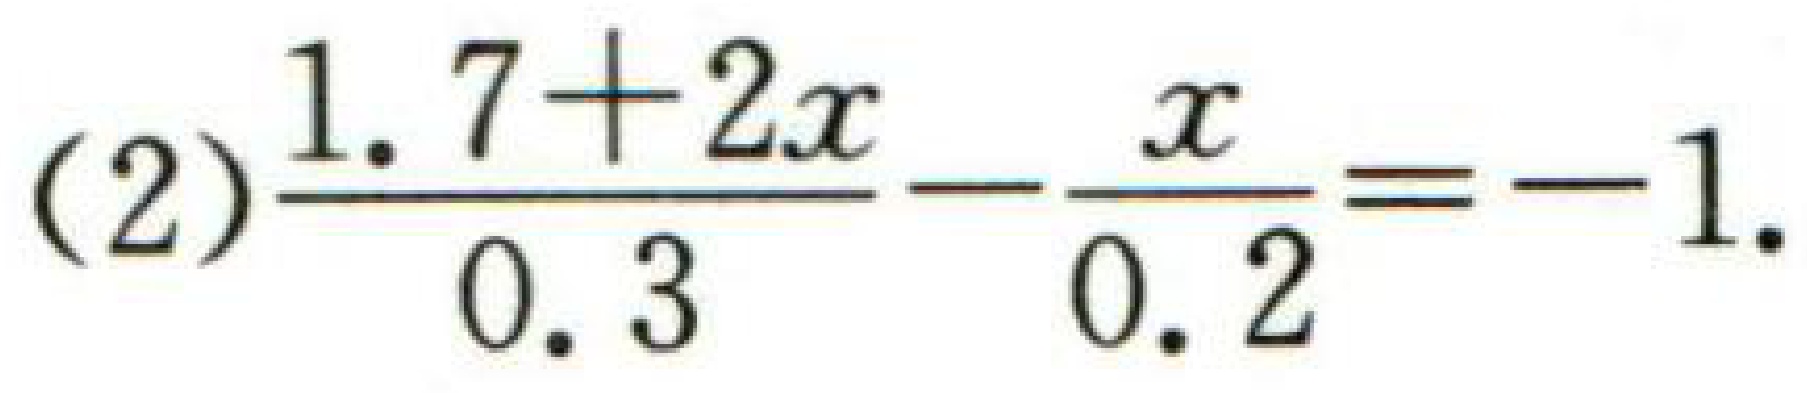
(2)$\frac{1.7 + 2x}{0.3}-\frac{x}{0.2}=-1$